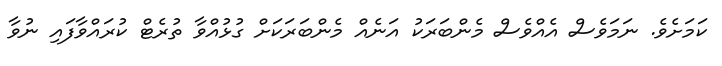
ކަމަށެވެ. ނަމަވެސް އެއްވެސް މެންބަރަކު އަނެއް މެންބަރަކަށް ގުޅުއްވާ ތުރެޓް ކުރައްވާފައި ނުވާ